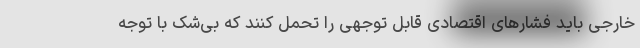
خارجی باید فشارهای اقتصادی قابل توجهی را تحمل کنند که بی‌شک با توجه